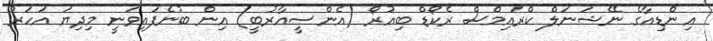
އިންޑިއާގެ ނޭޝަނަލް ކްރައިމްސް ރެކޯޑް ބިއުރޯ (އެންސީއާރުބީ) އިން ބުނެފައިވަނީ މިދިޔަ އަަހަރު